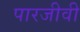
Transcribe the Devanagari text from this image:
पारजीवी